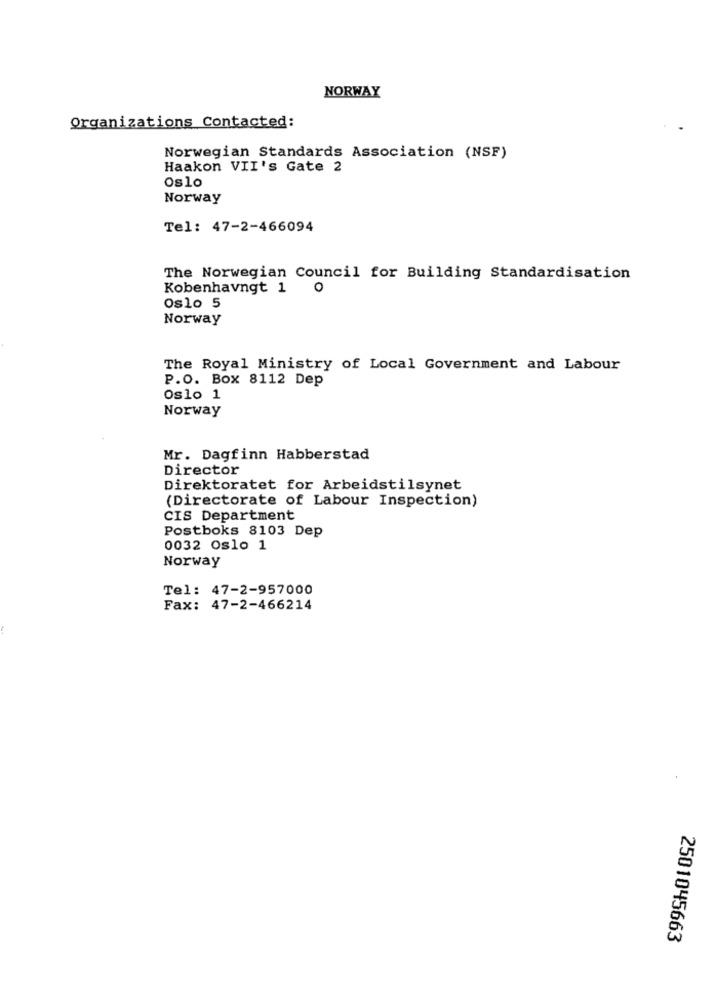
NORWAY
Organizations Contacted:
Norwegian Standards Association (NSF)
Haakon VII's Gate 2
Oslo
Norway
Tel: 47-2-466094
The Norwegian Council for Building Standardisation
Kobenhavngt 1
0
Oslo 5
Norway
The Royal Ministry of Local Government and Labour
P.O. Box 8112 Dep
Oslo 1
Norway
Mr. Dagfinn Habberstad
Director
Direktoratet for Arbeidstilsynet
(Directorate of Labour Inspection)
CIS Department
Postboks 8103 Dep
0032 Oslo 1
Norway
Tel: 47-2-957000
Fax: 47-2-466214
2501045663